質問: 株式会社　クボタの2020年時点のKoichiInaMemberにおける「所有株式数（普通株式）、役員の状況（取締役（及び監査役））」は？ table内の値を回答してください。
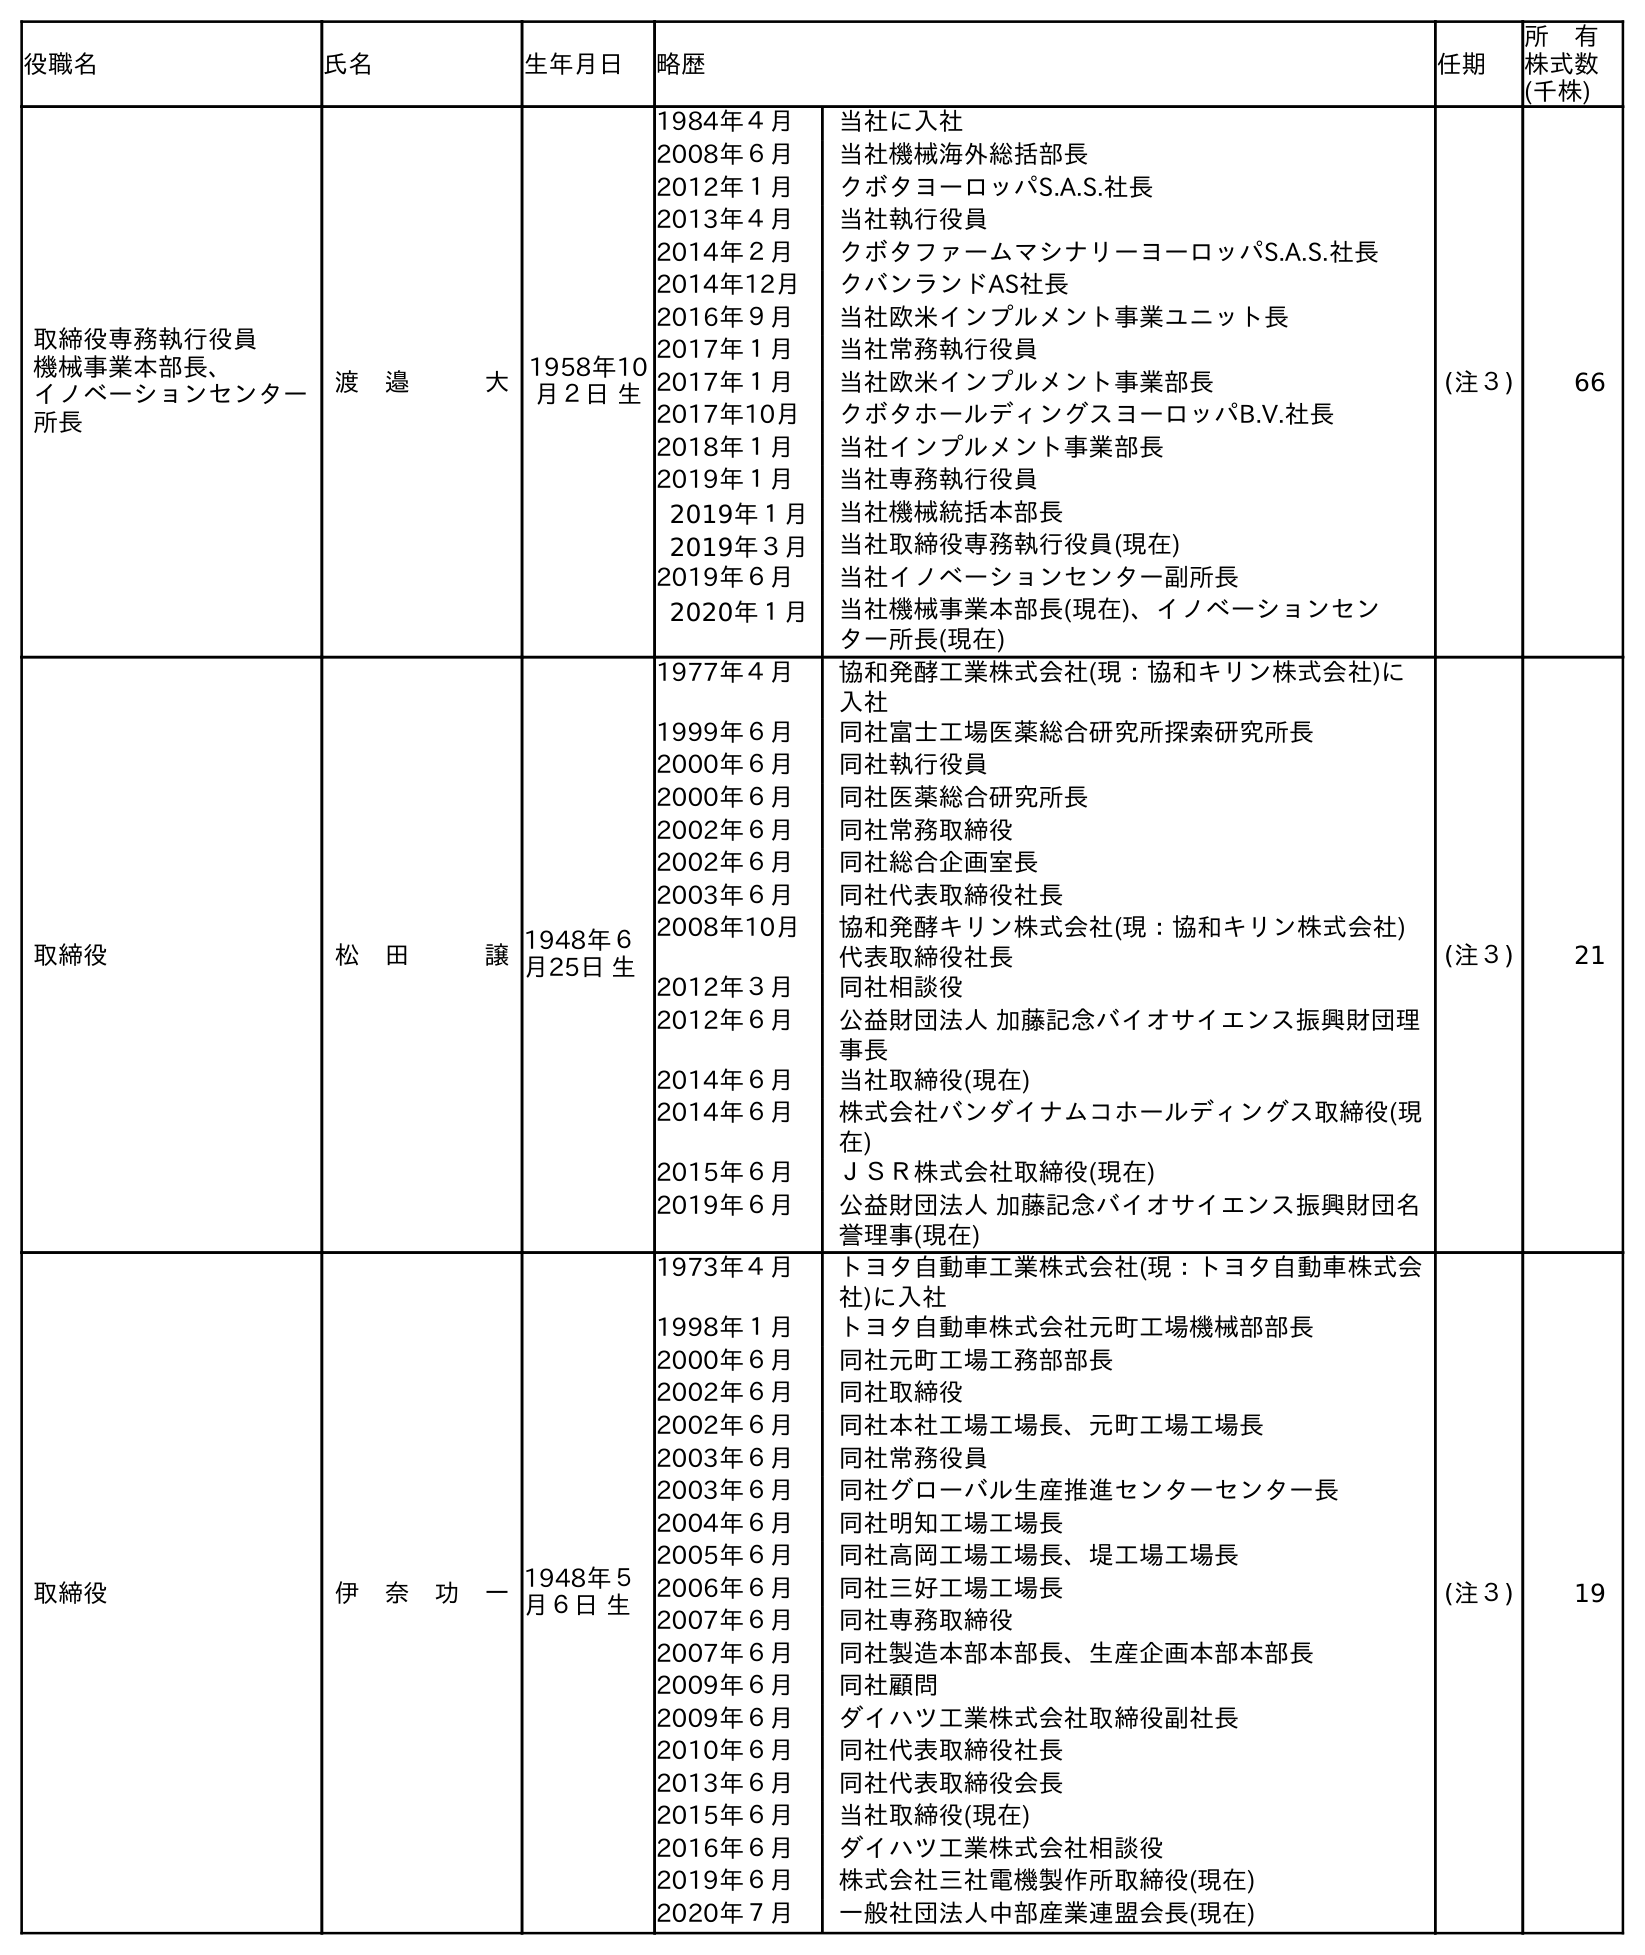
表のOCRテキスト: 役職名 氏名 生年月日 略歴 任期 所 有 株式数 (千株) 取締役専務執行役員 機械事業本部長、 イノベーションセンター 所長 渡 邉   大1958年10 月２日 生 1984年４月 当社に入社 2008年６月 当社機械海外総括部長 2012年１月 クボタヨーロッパS.A.S.社長 2013年４月 当社執行役員 2014年２月 クボタファームマシナリーヨーロッパS.A.S.社長 2014年12月 クバンランドAS社長 2016年９月 当社欧米インプルメント事業ユニット長 2017年１月 当社常務執行役員 2017年１月 当社欧米インプルメント事業部長 2017年10月 クボタホールディングスヨーロッパB.V.社長 2018年１月 当社インプルメント事業部長 2019年１月 当社専務執行役員 2019年１月 当社機械統括本部長 2019年３月 当社取締役専務執行役員(現在) 2019年６月 当社イノベーションセンター副所長 2020年１月 当社機械事業本部長(現在)、イノベーションセン ター所長(現在) (注３) 66 取締役 松 田   譲1948年６ 月25日 生 1977年４月 協和発酵工業株式会社(現：協和キリン株式会社)に 入社 1999年６月 同社富士工場医薬総合研究所探索研究所長 2000年６月 同社執行役員 2000年６月 同社医薬総合研究所長 2002年６月 同社常務取締役 2002年６月 同社総合企画室長 2003年６月 同社代表取締役社長 2008年10月 協和発酵キリン株式会社(現：協和キリン株式会社) 代表取締役社長 2012年３月 同社相談役 2012年６月 公益財団法人 加藤記念バイオサイエンス振興財団理 事長 2014年６月 当社取締役(現在) 2014年６月 株式会社バンダイナムコホールディングス取締役(現 在) 2015年６月 ＪＳＲ株式会社取締役(現在) 2019年６月 公益財団法人 加藤記念バイオサイエンス振興財団名 誉理事(現在) (注３) 21 取締役 伊 奈 功 一1948年５ 月６日 生 1973年４月 トヨタ自動車工業株式会社(現：トヨタ自動車株式会 社)に入社 1998年１月 トヨタ自動車株式会社元町工場機械部部長 2000年６月 同社元町工場工務部部長 2002年６月 同社取締役 2002年６月 同社本社工場工場長、元町工場工場長 2003年６月 同社常務役員 2003年６月 同社グローバル生産推進センターセンター長 2004年６月 同社明知工場工場長 2005年６月 同社高岡工場工場長、堤工場工場長 2006年６月 同社三好工場工場長 2007年６月 同社専務取締役 2007年６月 同社製造本部本部長、生産企画本部本部長 2009年６月 同社顧問 2009年６月 ダイハツ工業株式会社取締役副社長 2010年６月 同社代表取締役社長 2013年６月 同社代表取締役会長 2015年６月 当社取締役(現在) 2016年６月 ダイハツ工業株式会社相談役 2019年６月 株式会社三社電機製作所取締役(現在) 2020年７月 一般社団法人中部産業連盟会長(現在) (注３) 19
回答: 19